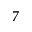
7